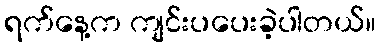
ရက်နေ့က ကျင်းပပေးခဲ့ပါတယ်။